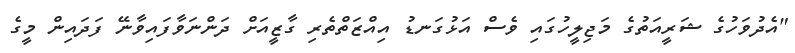
"އެދުވަހުގެ ޝަރީއަތުގެ މަޖިލީހުގައި ވެސް އަޅުގަނޑު އިއްޒަތްތެރި ގާޒީއަށް ދަންނަވާފައިވާނޭ ފަދައިން މީގެ